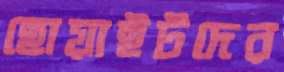
হোয়াইটদের